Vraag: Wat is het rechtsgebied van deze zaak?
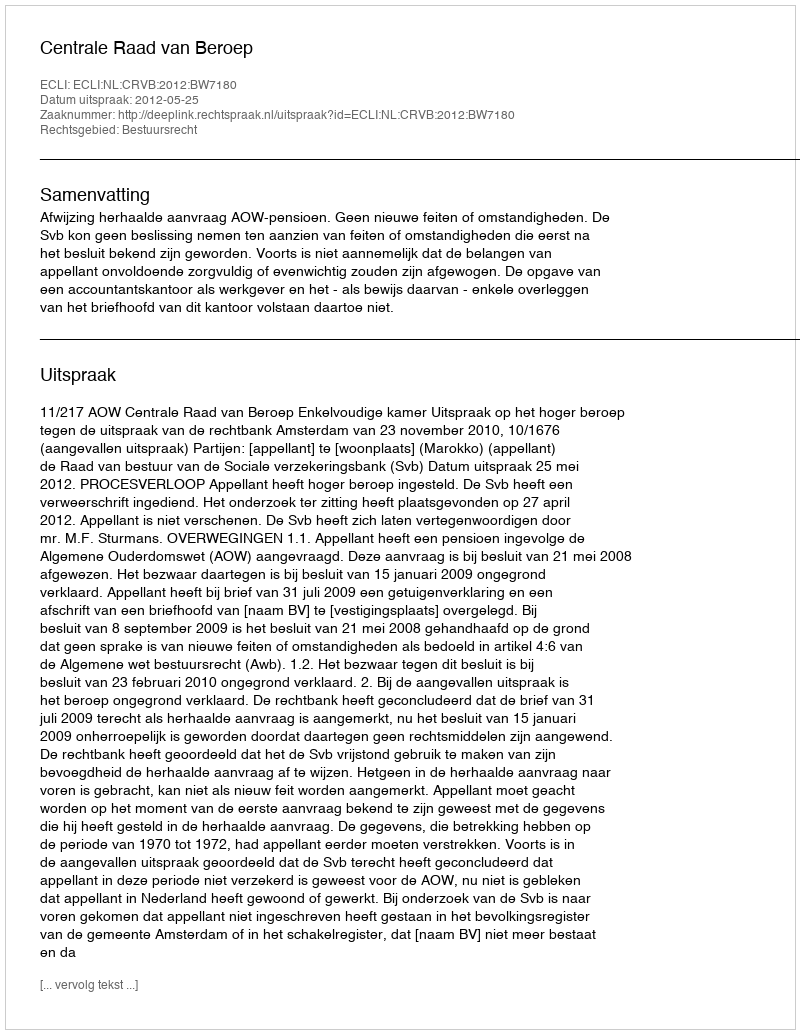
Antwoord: Bestuursrecht